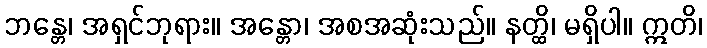
ဘန္တေ၊ အရှင်ဘုရား။ အန္တော၊ အစအဆုံးသည်။ နတ္ထိ၊ မရှိပါ။ ဣတိ၊